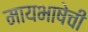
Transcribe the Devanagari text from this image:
मायभाषेची